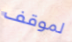
لموقف